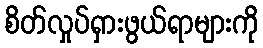
စိတ်လှုပ်ရှားဖွယ်ရာများကို